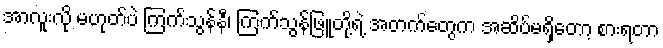
အာလူးလို မဟုတ်ပဲ ကြက်သွန်နီ၊ ကြက်သွန်ဖြူတို့ရဲ့ အတက်တွေက အဆိပ်မရှိတော့ စားရတာ